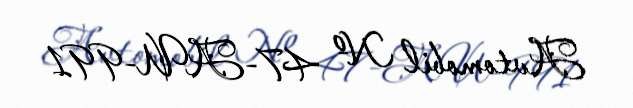
Avtomobil № 47-AU-991